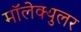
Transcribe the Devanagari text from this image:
मॉलेक्युलर